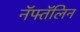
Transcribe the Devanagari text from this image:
नॅफ्तॅलिन